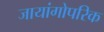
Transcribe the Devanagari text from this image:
जायांगोपरिक